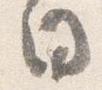
日